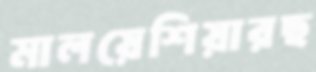
মালয়েশিয়ারছ